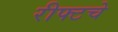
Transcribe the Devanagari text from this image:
रीफ्टचे